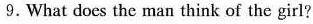
9.What does the man think of the girl?